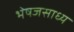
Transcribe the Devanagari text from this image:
भेषजसाध्य